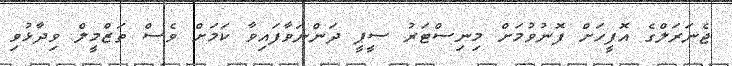
ޖެނަރަލްގެ އޮފީހަށް ފޮނުވުމަށް މިނިސްޓަރު ސީޕީ ދަންނަވާފައިވާ ކަމަށް ވެސް ތަޒްމީލް ވިދާޅުވި